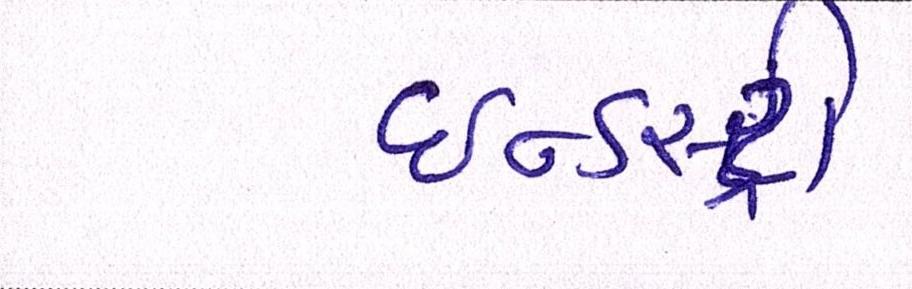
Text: ઈન્ડસ્ટ્રી